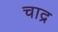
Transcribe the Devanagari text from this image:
चाद्र